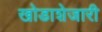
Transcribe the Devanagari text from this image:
खोडाशेजारी